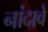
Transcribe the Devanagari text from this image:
नांदावे